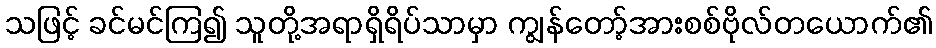
သဖြင့် ခင်မင်ကြ၍ သူတို့အရာရှိရိပ်သာမှာ ကျွန်တော့်အားစစ်ဗိုလ်တယောက်၏